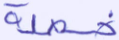
خصلة